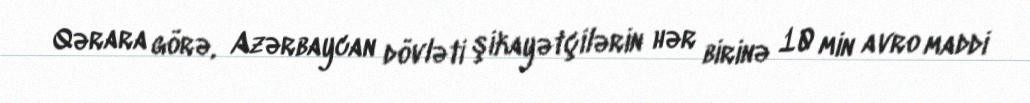
Qərara görə, Azərbaycan dövləti şikayətçilərin hər birinə 10 min avro maddi